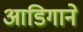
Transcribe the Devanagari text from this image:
आडिगाने